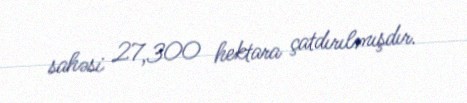
sahəsi 27,300 hektara çatdırılmışdır.